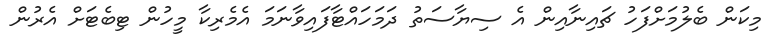
މިކަން ބެލުމަށްފަހު ޗައިނާއިން އެ ސިޔާސަތު ދަމަހައްޓާފައިވާނަމަ އެމެރިކާ މީހުން ޓިބެޓަށް އެރުން